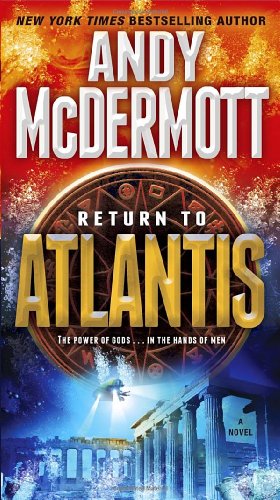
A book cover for Return to Atlantis: A Novel (Nina Wilde and Eddie Chase); Andy McDermott; Literature & Fiction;